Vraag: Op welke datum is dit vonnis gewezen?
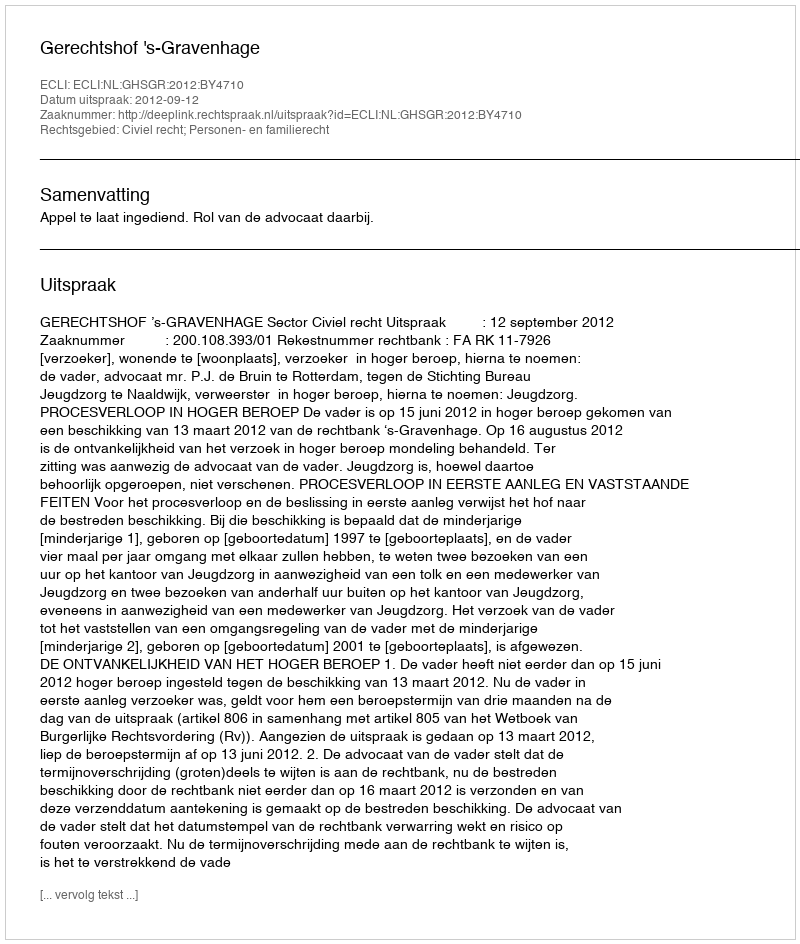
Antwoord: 2012-09-12